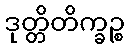
ဒုတ္တိတိက္ခဉ္စ